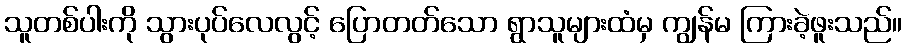
သူတစ်ပါးကို သွားပုပ်လေလွင့် ပြောတတ်သော ရွာသူများထံမှ ကျွန်မ ကြားခဲ့ဖူးသည်။